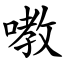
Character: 嘋